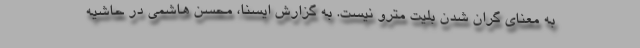
به معنای گران شدن بلیت مترو نیست. به گزارش ایسنا، محسن هاشمی در حاشیه